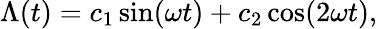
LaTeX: \Lambda(t)=c_{1}\sin(\omega t)+c_{2}\cos(2\omega t),